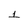
Character: 1